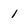
Character: 1